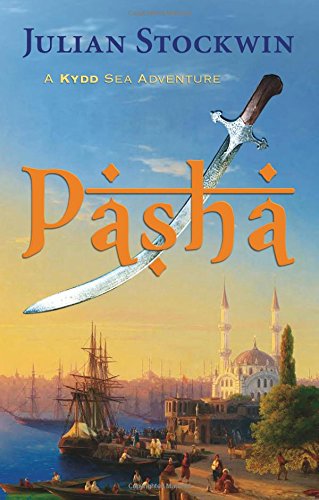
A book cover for Pasha: A Kydd Sea Adventure (Kydd Sea Adventures); Julian Stockwin; Literature & Fiction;